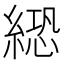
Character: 𦃵